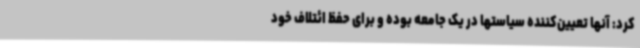
کرد: آنها تعیین‌کننده سیاستها در یک جامعه بوده و برای حفظ ائتلاف خود